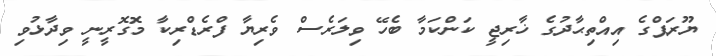
ޔޫރަޕްގެ އިއްތިޙާދުގެ ޚާރިޖީ ކަންކަމާ ބެހޭ ވިލަރެސް ވެރިޔާ ފްރެޑްރިކާ މޮގޮރީނީ ވިދާޅުވި